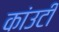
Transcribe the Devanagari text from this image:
कांउटी